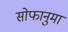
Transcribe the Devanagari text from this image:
सोफानुमा